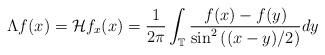
LaTeX: \begin{align*}\Lambda f(x)=\mathcal{H}f_{x}(x)=\frac{1}{2\pi} \int_{\mathbb{T}} \frac{f(x)-f(y)}{\sin^{2}\left((x-y)/2\right)}dy\end{align*}